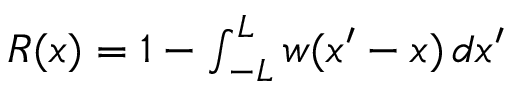
\begin{array} { r } { R ( x ) = 1 - \int _ { - L } ^ { L } w ( x ^ { \prime } - x ) \, d x ^ { \prime } } \end{array}